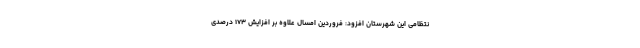
نتظامی این شهرستان افزود: فروردین امسال علاوه بر افزایش ۱۷۳ درصدی